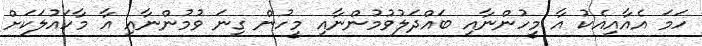
ހަމަ އެއާއިއެކު އާ މީހުންނާއި ބައްދަލުވުމުންނާއި މީހުން ގިނަ ވުމުންނާއި އާ މާހައުލަކަށް